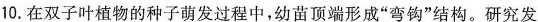
10.在双子叶植物的种子萌发过程中，幼苗顶端形成”弯钩”结构。研究发